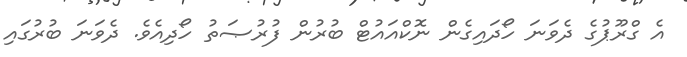
އެ ގްރޫޕުގެ ދެވަނަ ހޯދައިގެން ނޮކްއައުޓް ބުރުން ފުރުޞަތު ހޯދިއެވެ. ދެވަނަ ބުރުގައި